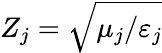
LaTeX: Z_{j}=\sqrt{\mu_{j}/\varepsilon_{j}}